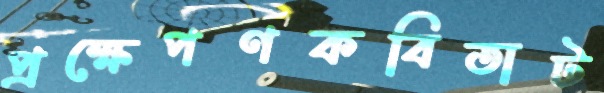
প্রক্ষেপণকবিতাট